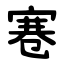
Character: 寋